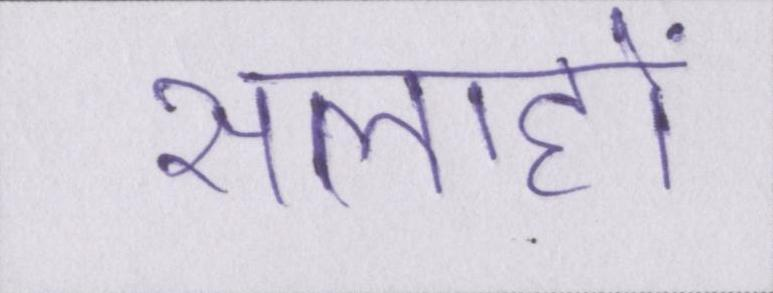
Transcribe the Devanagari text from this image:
सलाहों